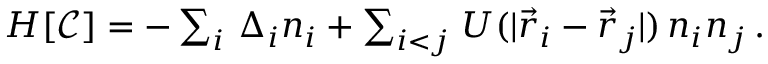
\begin{array} { r } { H [ \mathcal { C } ] = - \sum _ { i } \, \Delta _ { i } n _ { i } + \sum _ { i < j } \, U ( | \vec { r } _ { i } - \vec { r } _ { j } | ) \, n _ { i } n _ { j } \, . } \end{array}